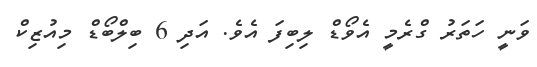
ވަނީ ހަތަރު ގްރެމީ އެވޯޑް ލިބިފަ އެވެ. އަދި 6 ބިލްބޯޑް މިއުޒިކް